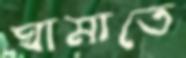
ঘামাতে